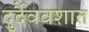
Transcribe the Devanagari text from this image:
दुर्दैववशात